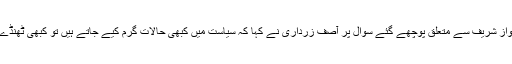
نواز شریف سے متعلق پوچھے گئے سوال پر آصف زرداری نے کہا کہ سیاست میں کبھی حالات گرم کیے جاتے ہیں تو کبھی ٹھنڈے۔